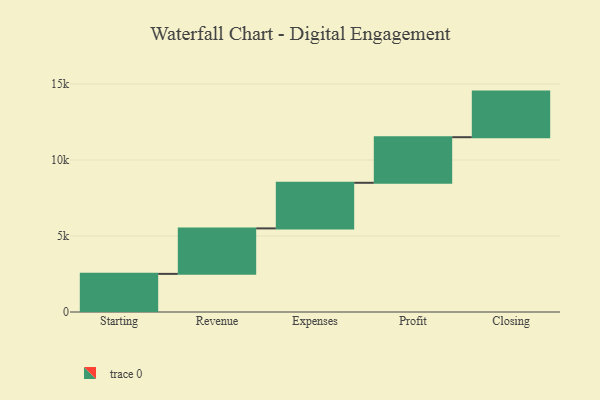
{"axis": {"x": "Step", "y": "Value"}, "legend": [""], "data": [{"x": "Starting", "y": 2509.0, "type": ""}, {"x": "Revenue", "y": 2992.0, "type": ""}, {"x": "Expenses", "y": 3000, "type": ""}, {"x": "Profit", "y": 3000, "type": ""}, {"x": "Closing", "y": 3000, "type": ""}]}